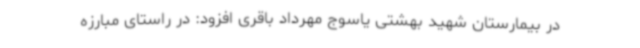
در بیمارستان شهید بهشتی یاسوج مهرداد باقری افزود: در راستای مبارزه